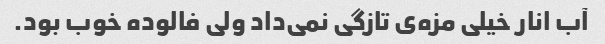
آب انار خیلی مزه‌ی تازگی نمی‌داد ولی فالوده خوب بود.